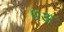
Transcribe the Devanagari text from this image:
७अ